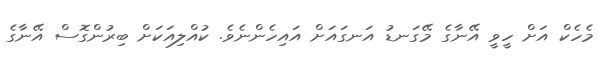
މެހެކް އަށް ހީވީ އޭނާގެ މޭގަނޑު އަނގައަށް އައިހެންނެވެ. ކުއްލިއަކަށް ބިރުންގޮސް އޭނާގެ